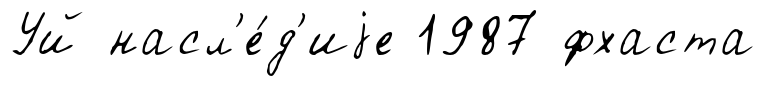
Уй насл'е́д'иjе 1987 фхаста